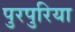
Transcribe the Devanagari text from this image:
पुरपुरिया